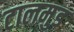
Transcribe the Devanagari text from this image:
टालमुड